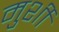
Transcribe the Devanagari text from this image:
मुर्शी